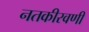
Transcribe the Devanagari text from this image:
नतकीरवणी